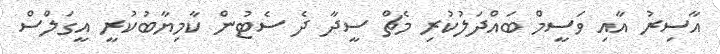
އާސިރު އާއި ވަސީމް ބައްދަލުކުރި މެޗް ސީދާ ދެ ސެޓުން ކާމިޔާބުކުރީ އީގަލްސް